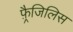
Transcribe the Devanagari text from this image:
फ़्रैजिलिस